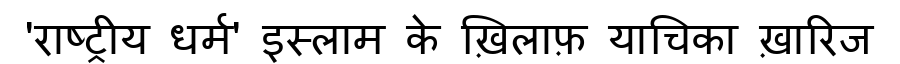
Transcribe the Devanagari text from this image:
'राष्ट्रीय धर्म' इस्लाम के ख़िलाफ़ याचिका ख़ारिज